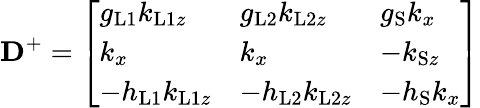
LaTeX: \mathbf{D}^{+}=\left[\begin{array}{lll}{g_{\mathrm{L1}}k_{\mathrm{L1}z}}&{g_{\mathrm{L2}}k_{\mathrm{L2}z}}&{g_{\mathrm{S}}k_{x}}\\ {k_{x}}&{k_{x}}&{-k_{\mathrm{S}z}}\\ {-h_{\mathrm{L1}}k_{\mathrm{L1}z}}&{-h_{\mathrm{L2}}k_{\mathrm{L2}z}}&{-h_{\mathrm{S}}k_{x}}\end{array}\right]